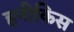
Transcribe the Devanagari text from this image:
हनीकिस